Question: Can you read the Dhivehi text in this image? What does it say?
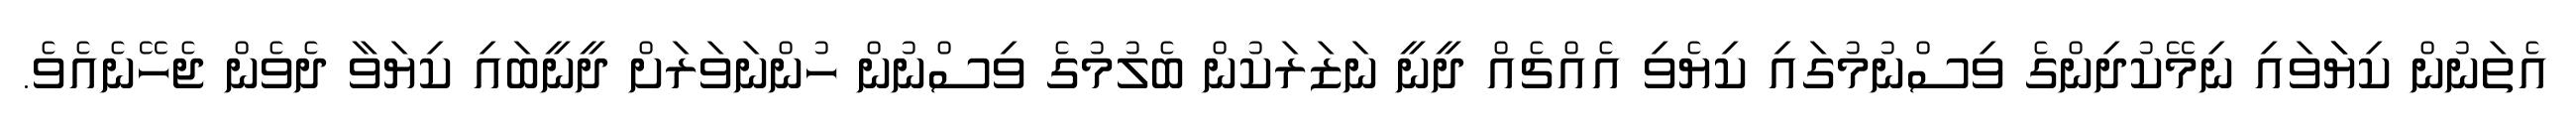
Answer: އެތަނުން ކިޔަަވައި ނިމޭކުދިންގެ ވިސްނުމުގައި ކިޔެވި އެއްޗެއް ދީނީ ނަޒަރަކުން ބެލުމުގެ ވިސްނުން ހުންނަވަރަށް ދީނީބައި ކިޔަވާ ދެވެން ޖެހޭނެއެވެ.